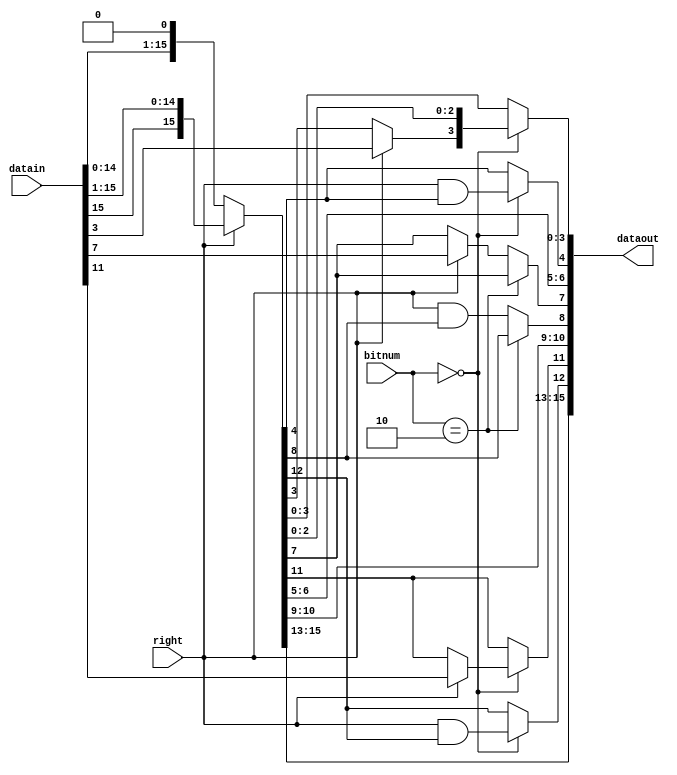
module am_shifter(
input [15:0] datain,
input right,
input [1:0] bitnum,
output [15:0]dataout
);

wire [14:0]	right_temp = datain[15:1];
wire [14:0] left_temp = datain[14:0];

wire [15:0] data_temp = (right==1'b1)? {datain[15], right_temp} : {left_temp, 1'b0};

assign  dataout[3:0] = {(bitnum == 2'b00)? {(right==1'b1)?datain[3]:data_temp[3], data_temp[2:0]} :{data_temp[3:0]}};
assign  dataout[7:4] = {(bitnum == 2'b10)? {data_temp[7]} : {(right==1'b1)?datain[7]:
                         data_temp[7]},data_temp[6:5],(bitnum == 2'b00)? {right&data_temp[4]} : {data_temp[4]} };
assign  dataout[11:8] = {(bitnum == 2'b00)? {(right==1'b1)?datain[11]:data_temp[11]} :
                          data_temp[11],data_temp[10:9],(bitnum == 2'b10)? {data_temp[8]} : {right&data_temp[8]} };
assign  dataout[15:12]= {data_temp[15:13],(bitnum == 2'b00)? {right&data_temp[12]} : {data_temp[12]} };

endmodule